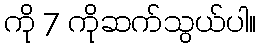
ကို 7 ကိုဆက်သွယ်ပါ။